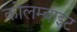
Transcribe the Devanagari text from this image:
कोलम्बाइट